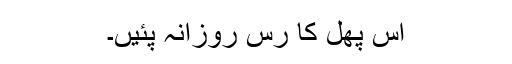
اس پھل کا رس روزانہ پئیں۔